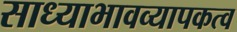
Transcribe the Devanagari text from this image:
साध्याभावव्यापकत्व